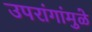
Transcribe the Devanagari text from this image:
उपरांगांमुळे